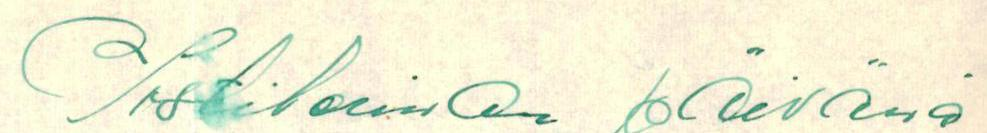
Postileiman päivänä